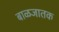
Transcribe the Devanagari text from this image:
बाळजातक